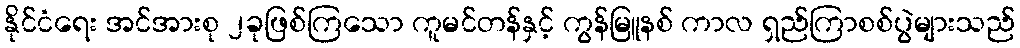
နိုင်ငံရေး အင်အားစု ၂ခုဖြစ်ကြသော ကူမင်တန်နှင့် ကွန်မြူနစ် ကာလ ရှည်ကြာစစ်ပွဲများသည်